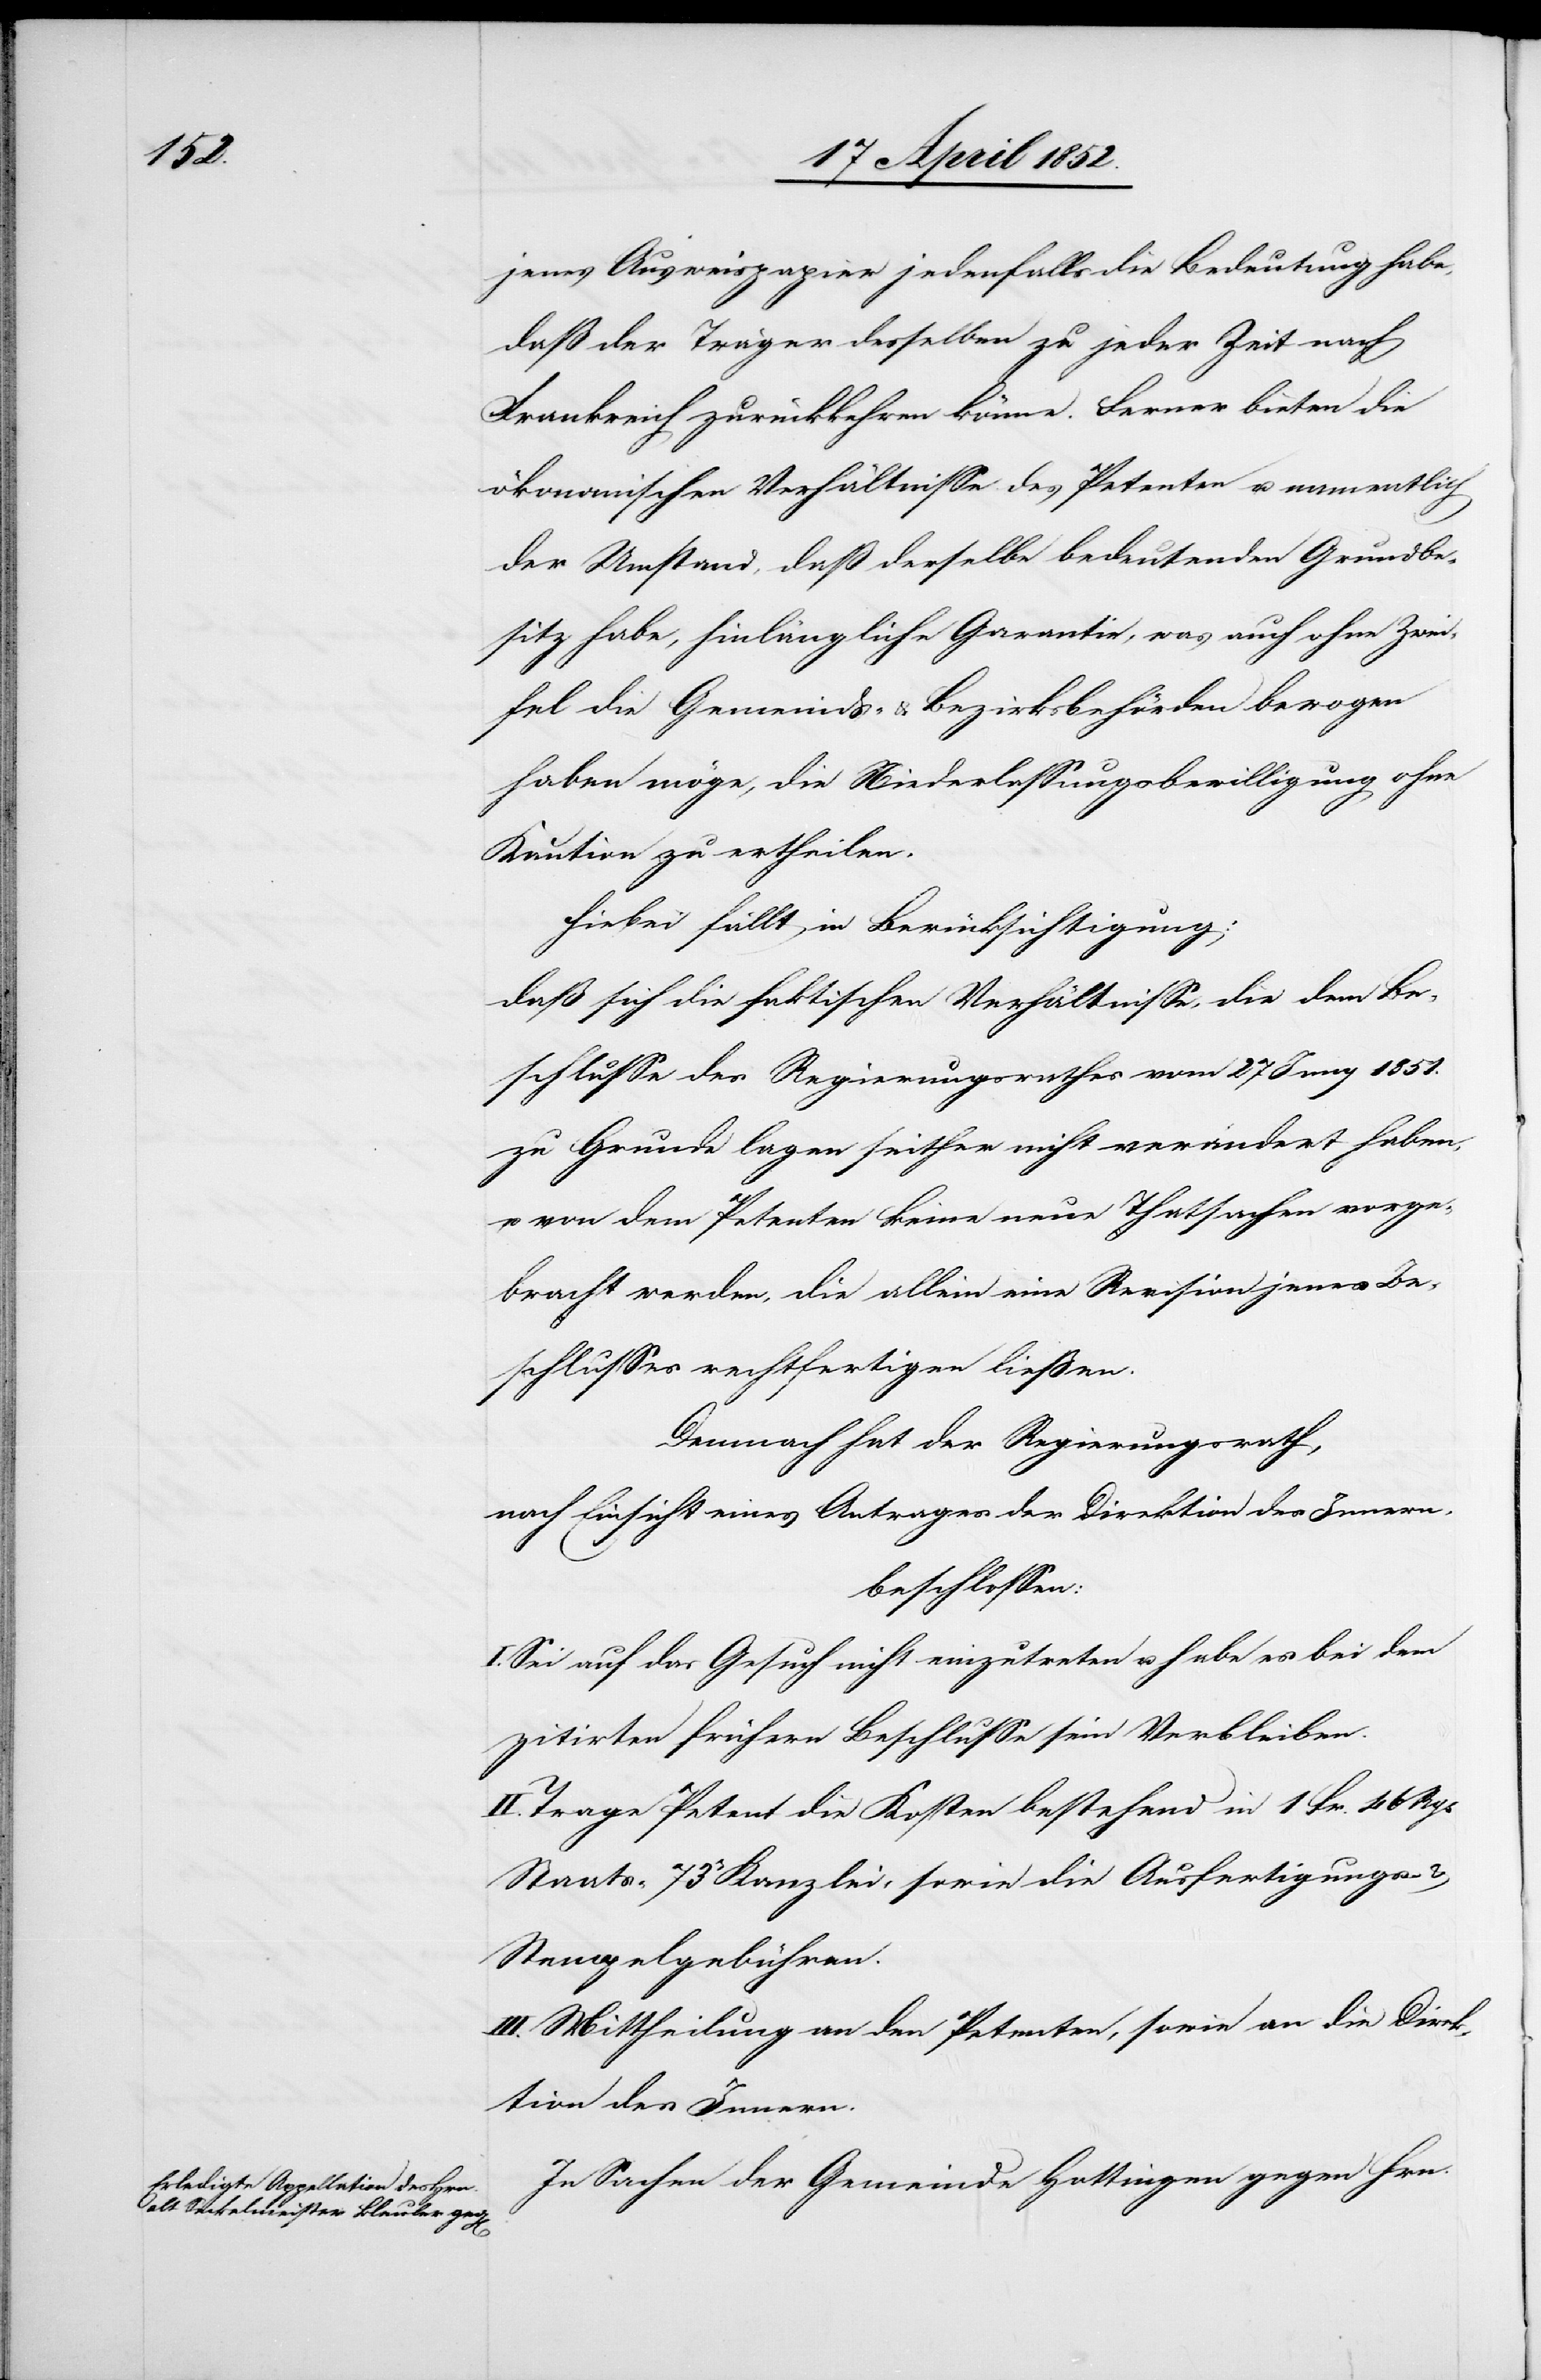
jenes Ausweispapier jedenfalls die Bedeutung habe,
daß der Träger desselben zu jeder Zeit nach
Frankreich zurückkehren könne. Ferner bieten die
ökonomischen Verhältnisse des Petenten u. namentlich
der Umstand, daß derselbe bedeutenden Grundbe¬
sitz habe, hinlängliche Garantie, was auch ohne Zwei¬
fel die Gemeinds- & Bezirksbehörden bewogen
haben möge, die Niederlassungsbewilligung ohne
Kaution zu ertheilen.
Hiebei fällt in Berücksichtigung:
daß sich die faktischen Verhältnisse, die dem Be¬
schlusse des Regierungsrathes vom 27 Juny 1851.
zu Grunde lagen seither nicht verändert haben,
u. von dem Petenten keine neue[n] Thatsachen vorge¬
bracht werden, die allein eine Revision jenes Be¬
schlusses rechtfertigen liessen.
Demnach hat der Regierungsrath,
nach Einsicht eines Antrages der Direktion des Innern,
beschlossen:
I. Sei auf das Gesuch nicht einzutreten u. habe es bei dem
zitirten frühern Beschlusse sein Verbleiben.
II. Trage Petent die Kosten bestehend in 1 Fr. 46 Rp[en]
Staats-[,] 73rp Kanzlei- sowie die Ausfertigungs-
Stempelgebühren.
III. Mittheilung an den Petenten, sowie an die Direk¬
tion des Innern.
In Sachen der Gemeinde Hottingen gegen Hrn.